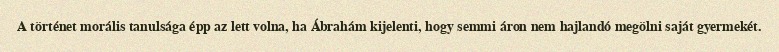
A történet morális tanulsága épp az lett volna, ha Ábrahám kijelenti, hogy semmi áron nem hajlandó megölni saját gyermekét.